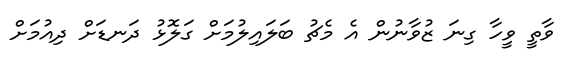
ވާތީ ވީހާ ގިނަ ޒުވާނުން އެ މެޗު ބަލައިލުމަށް ގަލޮޅު ދަނޑަށް ދިއުމަށް